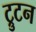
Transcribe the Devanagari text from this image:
ट्रुटन